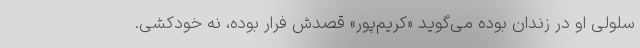
سلولی او در زندان بوده می‌گوید «کریم‌پور» قصدش فرار بوده، نه خودکشی.